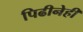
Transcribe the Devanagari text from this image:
पिढीनेही